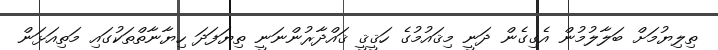
ތިލިޔުމަށް ބަލާލުމުން އެގިގެން ދަނީ މިޤައުމުގެ ހަޤީޤީ ޤައްދާރުންނަނީ ތިޔަފަދަ ހިޔާނާތްތަކުގައި މަތިއަޅަން